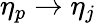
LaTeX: \eta_{p}\rightarrow\eta_{j}